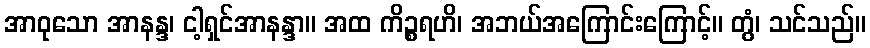
အာဝုသော အာနန္ဒ၊ ငါ့ရှင်အာနန္ဒာ။ အထ ကိဉ္စရဟိ၊ အဘယ်အကြောင်းကြောင့်။ တွံ၊ သင်သည်။